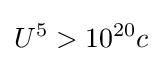
U^{5}>10^{20}c